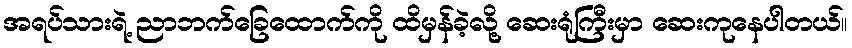
အရပ်သားရဲ့ ညာဘက်ခြေထောက်ကို ထိမှန်ခဲ့လို့ ဆေးရုံကြီးမှာ ဆေးကုနေပါတယ်။